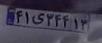
۴۱ی۳۴۴۱۳